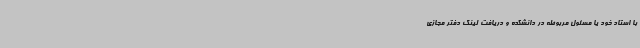
با استاد خود یا مسئول مربوطه در دانشکده و دریافت لینک دفتر مجازی